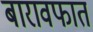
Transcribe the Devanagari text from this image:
बारावफात